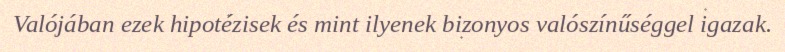
Valójában ezek hipotézisek és mint ilyenek bizonyos valószínűséggel igazak.